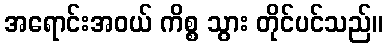
အရောင်းအဝယ် ကိစ္စ သွား တိုင်ပင်သည်။